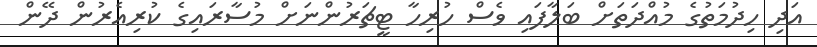
އަދި ހިދުމަތުގެ މުއްދަތަށް ބަލާފައި ވެސް ހުރިހާ ޓީޗަރުންނަށް މުސާރައިގެ ކުރިއެރުން ދޭން